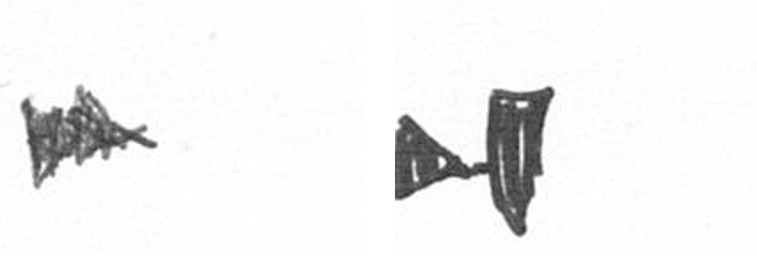
A M